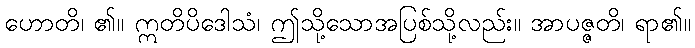
ဟောတိ၊ ၏။ ဣတိပိဒေါသံ၊ ဤသို့သောအပြစ်သို့လည်း။ အာပဇ္ဇတိ၊ ရာ၏။